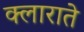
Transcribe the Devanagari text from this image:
क्लाराते